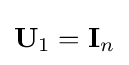
\mathbf {U} _{1}=\mathbf {I} _{n}